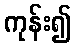
ကုန်း၍